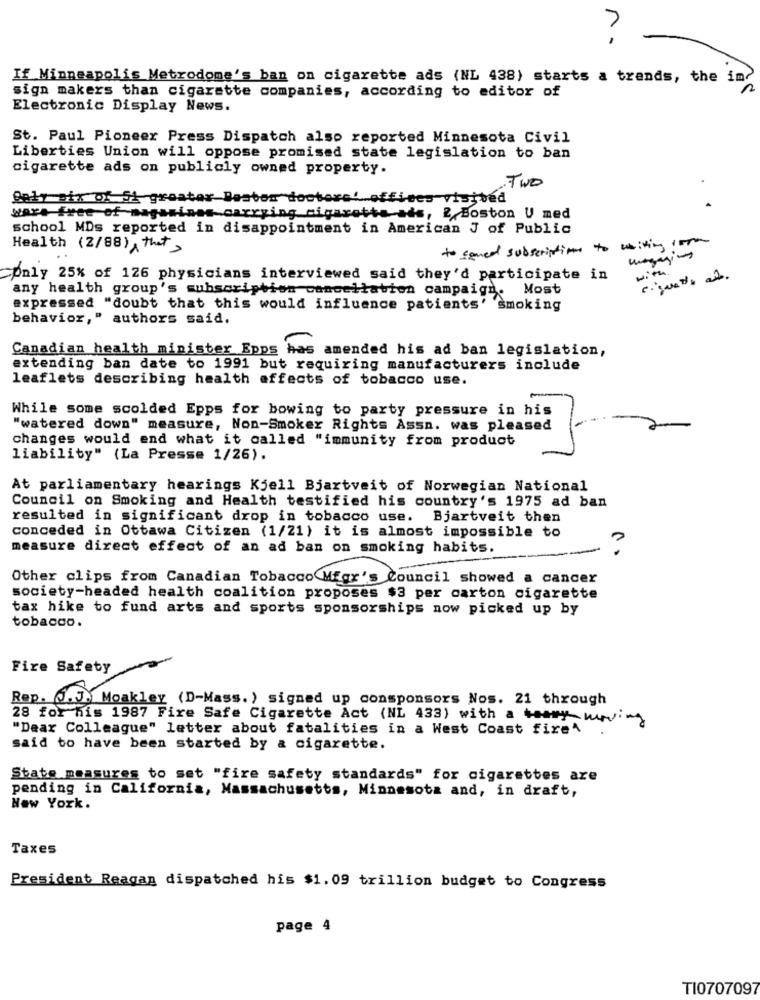
n.
If Minneapolis Metrodome's ban on cigarette ads (NL 438) starts a trends, the im-
sign makers than cigarette companies, according to editor of
Electronic Display News.
St. Paul Pioneer Press Dispatch also reported Minnesota Civil
Liberties Union will oppose promised state legislation to ban
cigarette ads on publicly owned property.
.TWO
Qaly six of Si greater Beaten doctors __ offices visited
wars-free of magazines-carrying cigarette ads, &, Boston U med
school MDs reported in disappointment in American J of Public
Health (2/88) that>
to sened subscriptions to writing som
with.
>pnly 25% of 126 physicians interviewed said they'd participate in
any health group's subscription cancellation campaign. Most
expressed "doubt that this would influence patients' 'smoking
behavior," authors said.
Canadian health minister Epps has amended his ad ban legislation,
extending ban date to 1991 but requiring manufacturers include
leaflets describing health effects of tobacco use.
While some scolded Epps for bowing to party pressure in his
"watered down" measure, Non-Smoker Rights Assn. was pleased
changes would end what it called "immunity from product
liability" (La Presse 1/26).
At parliamentary hearings Kjell Bjartveit of Norwegian National
Council on Smoking and Health testified his country's 1975 ad ban
resulted in significant drop in tobacco use. Bjartveit then
conceded in Ottawa Citizen (1/21) it is almost impossible to
measure direct effect of an ad ban on smoking habits.
Other clips from Canadian Tobacco Mfgr's Council showed a cancer
society-headed health coalition proposes $3 per carton cigarette
tax hike to fund arts and sports sponsorships now picked up by
tobacco.
Fire Safety
Rep. J.J. Moakley (D-Mass. ) signed up consponsors Nos. 21 through
28 for his 1987 Fire Safe Cigarette Act (NL 433) with a teamy moving
"Dear Colleague" letter about fatalities in a West Coast fire"
said to have been started by & cigarette.
State measures to set "fire safety standards" for cigarettes are
pending in California, Massachusetts, Minnesota and, in draft,
New York.
Taxes
President Reagan dispatched his $1.09 trillion budget to Congress
page 4
TI0707097